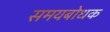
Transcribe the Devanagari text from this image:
समयबोधक